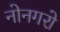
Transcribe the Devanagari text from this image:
नोनगरो